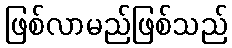
ဖြစ်လာမည်ဖြစ်သည်